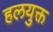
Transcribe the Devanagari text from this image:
हलयुक्त